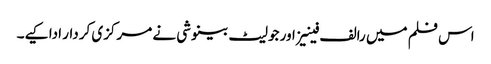
اس فلم میں رالف فینیز اور جولیٹ بینوشی نے مرکزی کردار ادا کیے۔